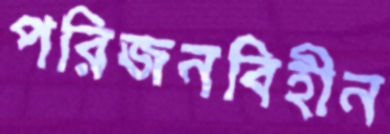
পরিজনবিহীন